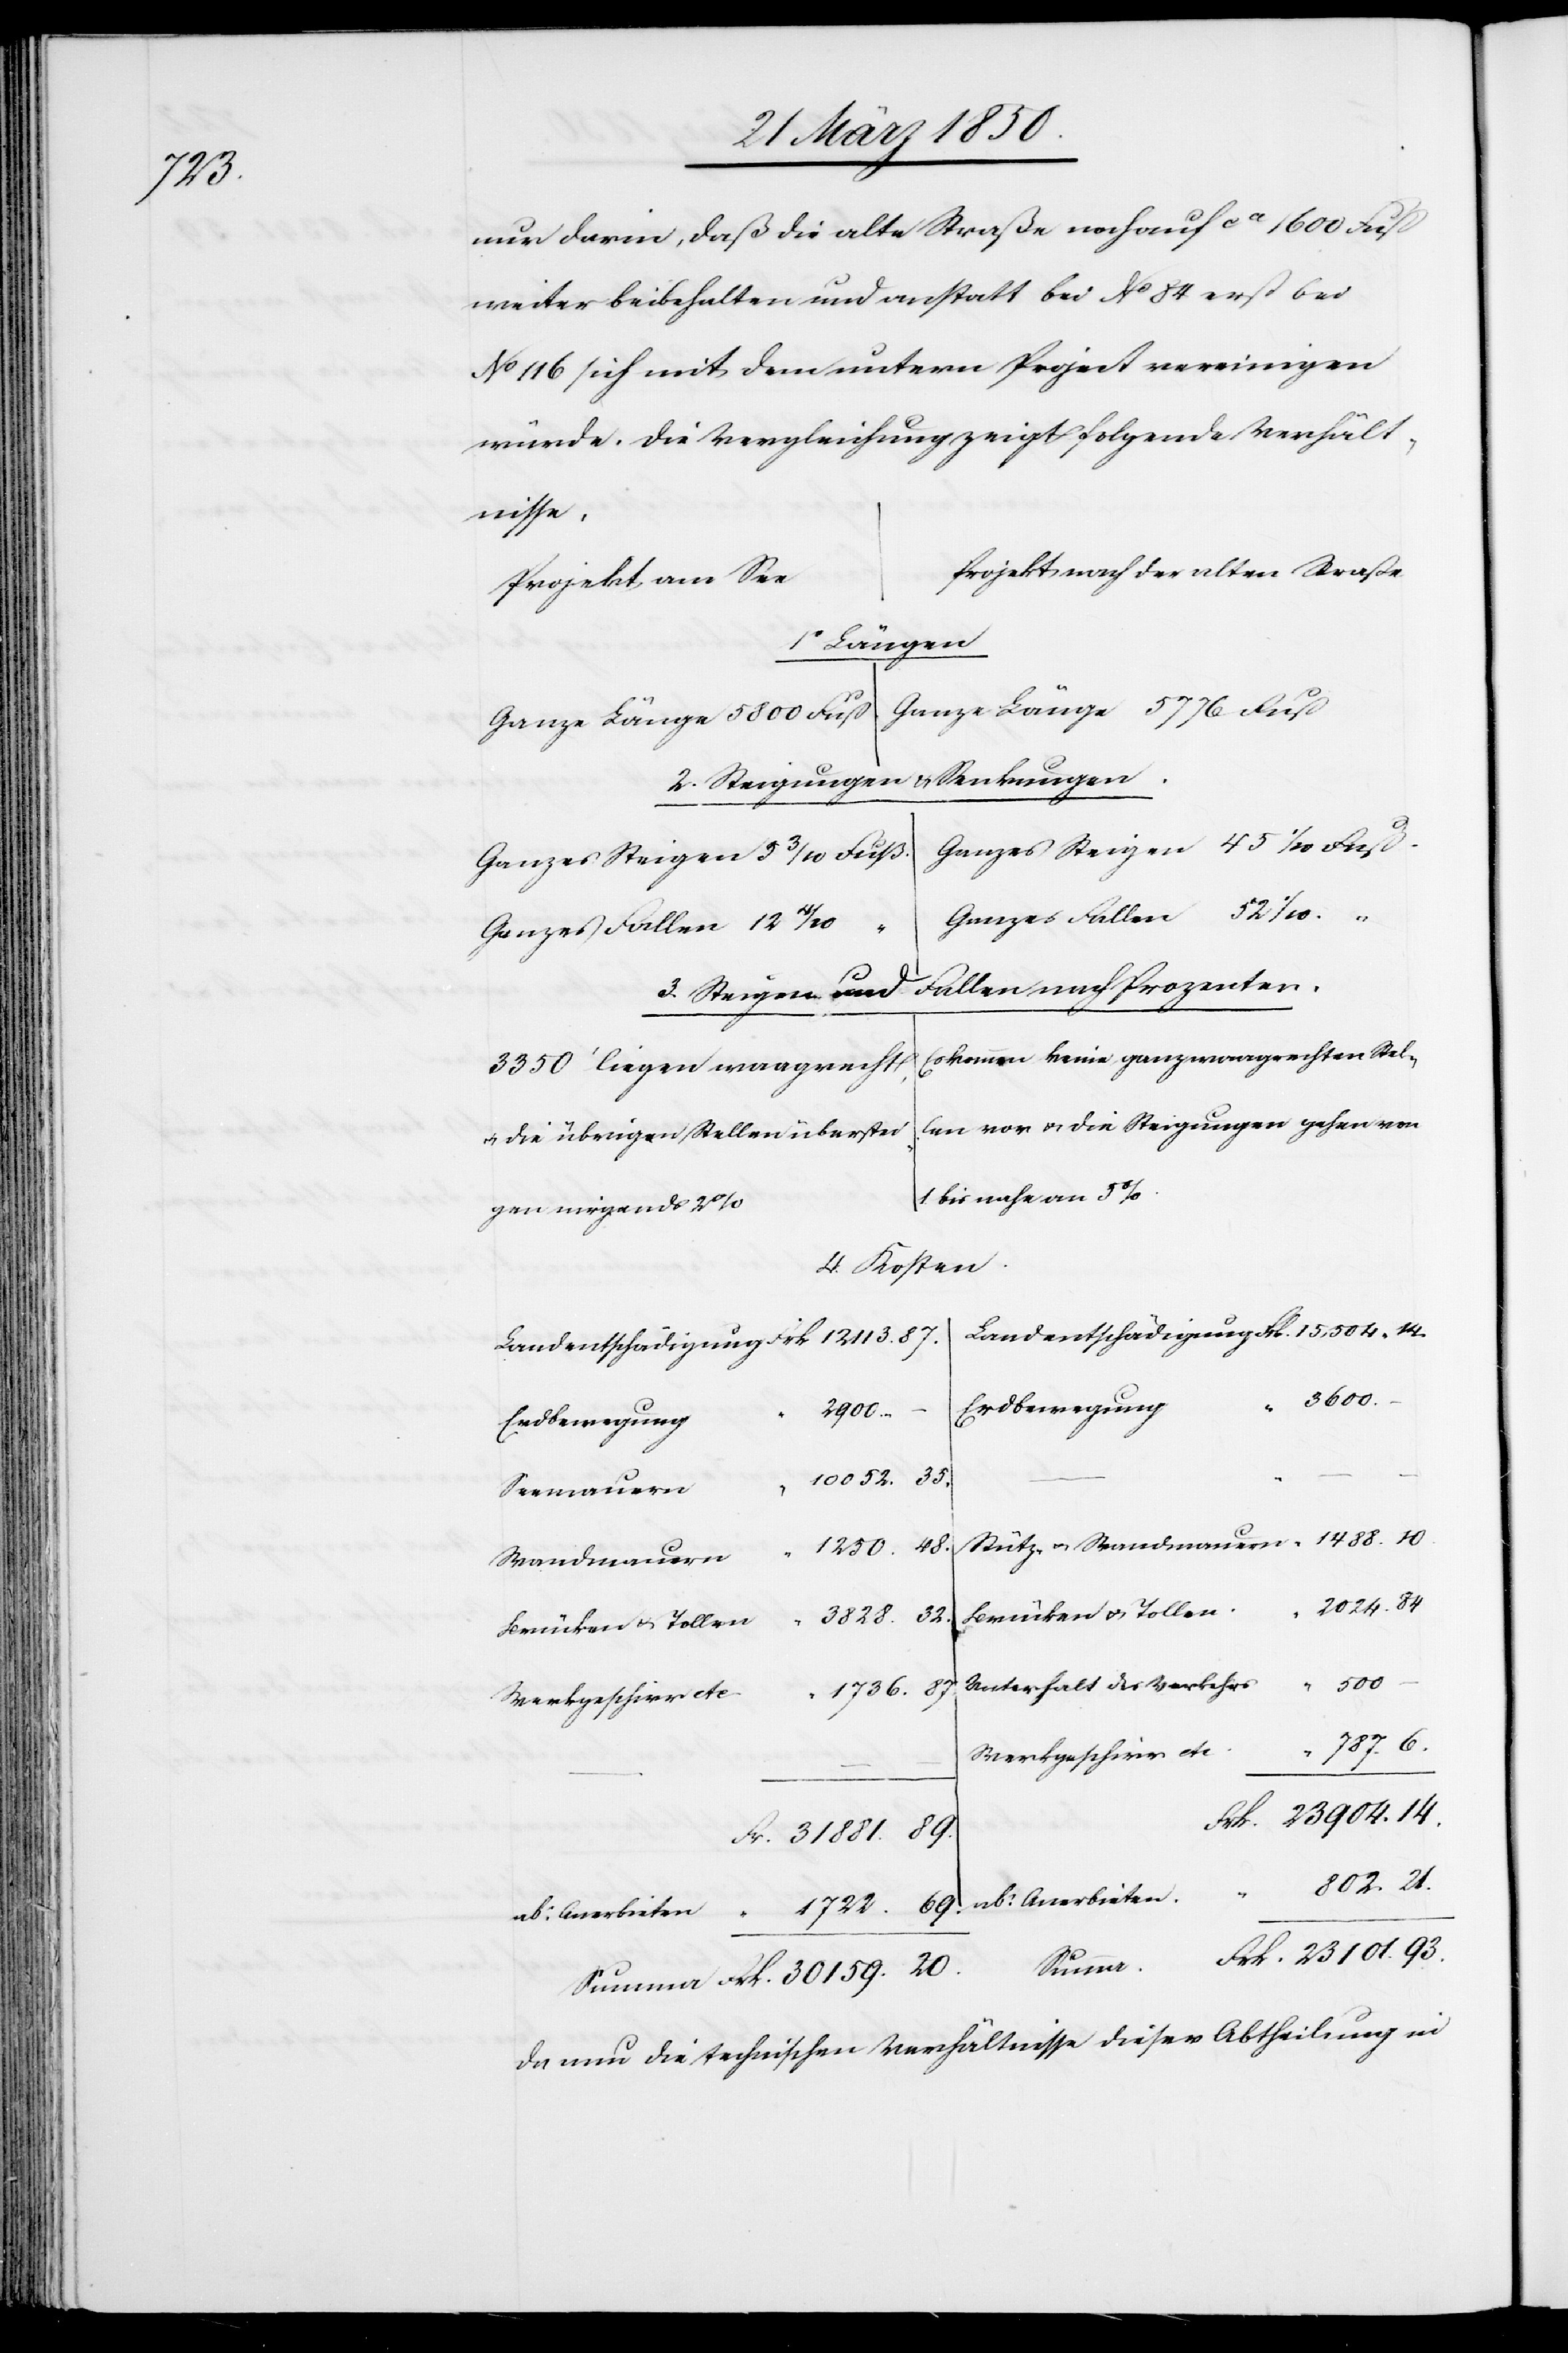
93.

nur darin, daß die alte Straße noch auf ca 1600 Fuß
weiter beibehalten und anstatt bei No. 84 erst bei
No 116 sich mit dem untern Project vereinigen
würde. Die Vergleichung zeigt folgende Verhält¬
nisse,
Projekt nach der alten Straße
Projekt am See
1 Längen
2. Steigungen u. Senkungen.
Ganzes Fallen
Fallen nach Prozenten.
3. Steigen und
Es kommen keine ganz waagrechten Stel¬
3350‘ liegen waagrecht,
len vor u. die Steigungen gehen von
u. die übrigen Stellen überstei¬
1 bis nahe an 5 %.
gen nirgends 2
4. Kosten.
3600.
Erdbewegung
23101.
Erdbewegung
Seemauern
Wandmauern
Unterhalt des Verkehrs
30159.
Werkgeschirr etc.
Da nun die technischen Verhältnisse dieser Abtheilung in